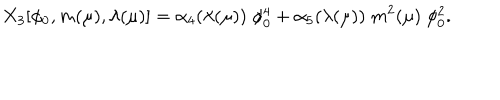
X _ { 3 } [ \phi _ { 0 } , m ( \mu ) , \lambda ( \mu ) ] = \alpha _ { 4 } ( \lambda ( \mu ) ) \; \phi _ { 0 } ^ { 4 } + \alpha _ { 5 } ( \lambda ( \mu ) ) \; m ^ { 2 } ( \mu ) \; \phi _ { 0 } ^ { 2 } .